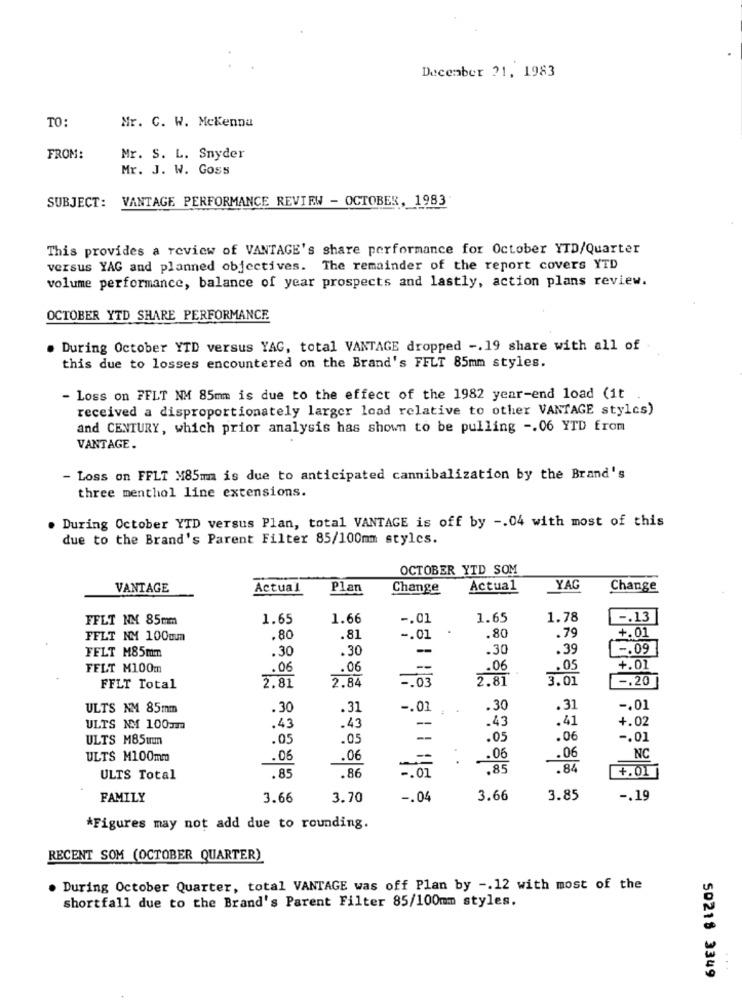
December 21, 1983
TO:
Mr. C. W. Mckenna
FROM:
Mr. S. L. Snyder
Mr. J. W. Goss
SUBJECT: VANTAGE PERFORMANCE REVIEW - OCTOBER, 1983
This provides a review of VANTAGE's share performance for October YTD/Quarter
versus YAG and planned objectives. The remainder of the report covers YTD
volume performance, balance of year prospects and lastly, action plans review.
OCTOBER YTD SHARE PERFORMANCE
During October YTD versus YAG, total VANTAGE dropped -. 19 share with all of
this due to losses encountered on the Brand's FELT 85mm styles.
- Loss on FELT NM 85mm is due to the effect of the 1982 year-end load (it
received a disproportionately larger load relative to other VANTAGE styles)
and CENTURY, which prior analysis has shown to be pulling -. 06 YTD from
VANTAGE
- Loss on FFLT M85ma is due to anticipated cannibalization by the Brand's
three menthol line extensions.
. During October YTD versus Plan, total VANTAGE is off by -. 04 with most of this
due to the Brand's Parent Filter 85/100mm styles.
OCTOBER YTD SOM
VANTAGE
Actual
Plan
Change
Actual
YAG
Change
FFLT NM 85mm
1.65
1.66
-. 01
1.65
1.78
.13
.79
FFLT NM 100cm
.80
.81
-. 01
.80
+.01
FELT M85mm
.30
.30
-
.30
.39
-. 09
FELT M100m
.06
.06
--
.06
.05
+.01
2.84
2.81
3.01
-. 20
FFLT Total
2.81
-. 03
ULTS NM 85mm
.30
.31
-. 01
.30
.31
-. 01
.43
.43
.41
+.02
ULTS NM 100mm
.43
ULTS M85trum
.05
.05
.05
.06
-. 01
.06
ULTS M100mm
.06
.06
.06
NC
.86
.85
.84
+.01
ULTS Total
.85
-. 01
FAMILY
3.66
3.70
-. 04
3.66
3.85
-. 19
*Figures may not add due to rounding.
RECENT SOM (OCTOBER QUARTER)
. During October Quarter, total VANTAGE was off Plan by -. 12 with most of the
shortfall due to the Brand's Parent Filter 85/100mm styles.
50218 3349